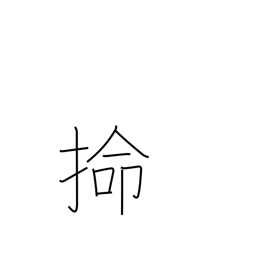
Meaning: alluvial terraced land